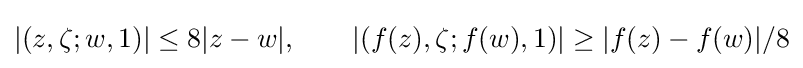
|(z,\zeta ;w,1)|\leq 8|z-w|,\qquad |(f(z),\zeta ;f(w),1)|\geq |f(z)-f(w)|/8